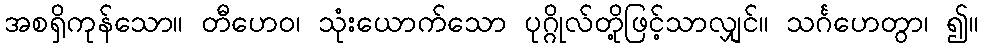
အစရှိကုန်သော။ တီဟေဝ၊ သုံးယောက်သော ပုဂ္ဂိုလ်တို့ဖြင့်သာလျှင်။ သင်္ဂဟေတွာ၊ ၍။